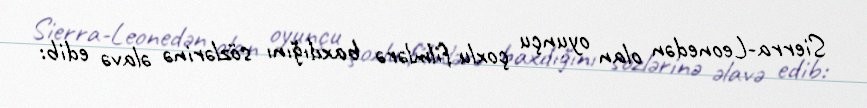
Sierra-Leonedən olan oyunçu çoxlu filmlərə baxdığını sözlərinə əlavə edib: